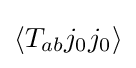
{\textstyle \langle T_{ab}j_{0}j_{0}\rangle }